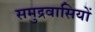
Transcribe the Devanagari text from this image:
समुद्रवासियों